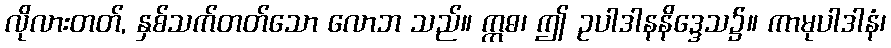
လိုလားတတ်, နှစ်သက်တတ်သော လောဘ သည်။ ဣဓ၊ ဤ ဥပါဒါနနိဒ္ဒေသ၌။ ကာမုပါဒါနံ၊